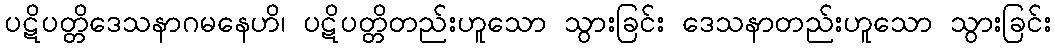
ပဋိပတ္တိဒေသနာဂမနေဟိ၊ ပဋိပတ္တိတည်းဟူသော သွားခြင်း ဒေသနာတည်းဟူသော သွားခြင်း